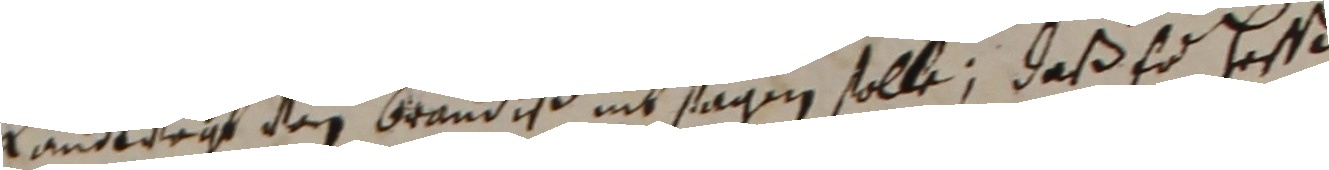
landtvegt von brandiß nit sagen solle, daß er hesse